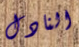
النادل